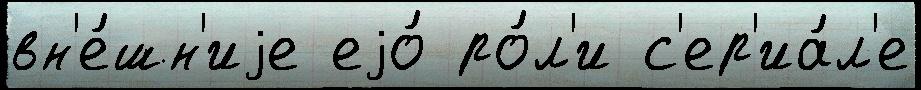
вн'е́шн'иjе еjо́ ро́л'и с'ер'иа́л'е